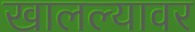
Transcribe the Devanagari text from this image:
खालल्यावर